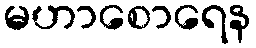
မဟာစောရေန